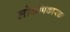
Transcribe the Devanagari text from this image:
लोकोपकारकः